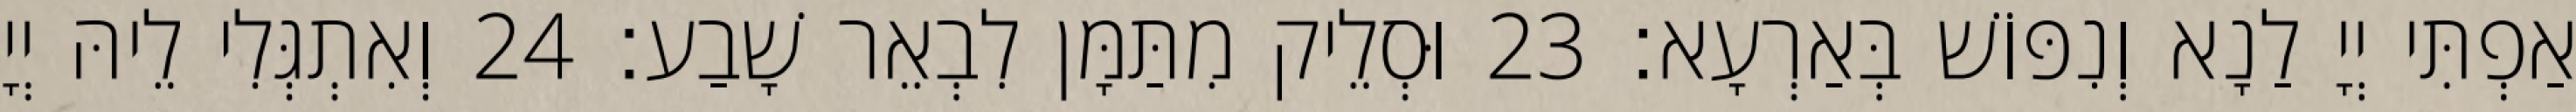
אַפְתִּי יְיָ לַנָא וְנִפּוֹשׁ בְּאַרְעָא׃ 23 וּסְלֵיק מִתַּמָּן לִבְאֵר שָׁבַע׃ 24 וְאִתְגְּלִי לֵיהּ יְיָ